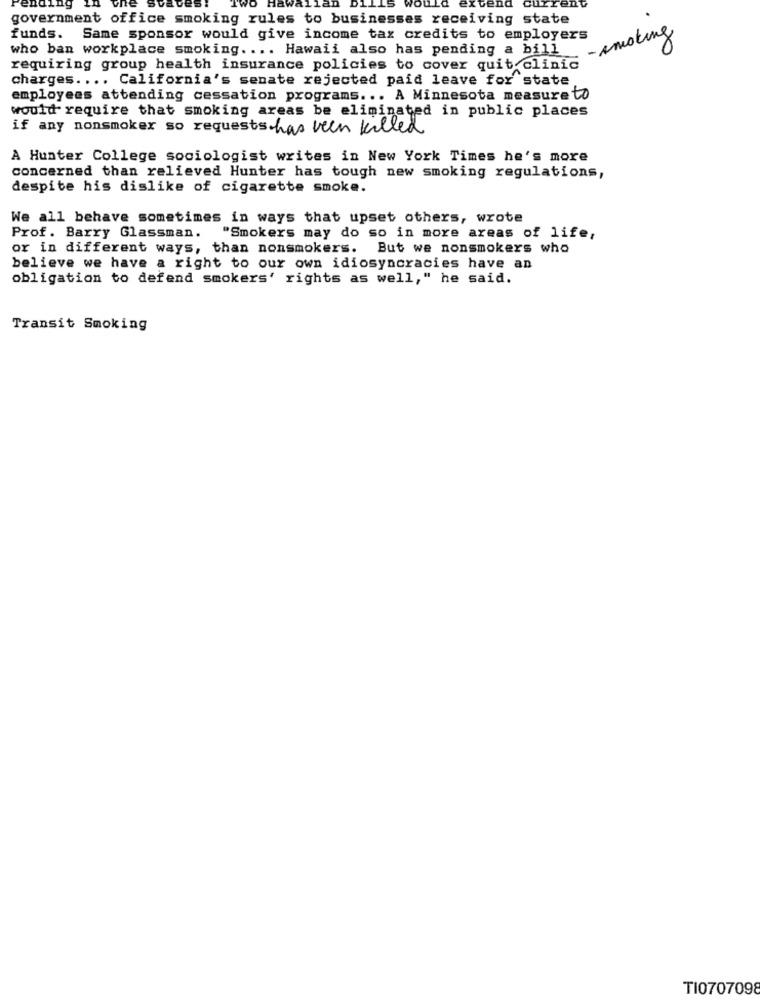
government office smoking rules to businesses receiving state
funds. Same sponsor would give income tax credits to employers
- smoking
who ban workplace smoking. ... Hawaii also has pending a bill
requiring group health insurance policies to cover quit clinic
charges .... California's senate rejected paid leave for state
employees attending cessation programs ... A Minnesota measure to
would require that smoking areas be eliminated in public places
if any nonsmoker so requests has been killed
A Hunter College sociologist writes in New York Times he's more
concerned than relieved Hunter has tough new smoking regulations,
despite his dislike of cigarette smoke.
We all behave sometimes in ways that upset others, wrote
Prof. Barry Glassman.
"Smokers may do so in more areas of life,
or in different ways, than nonsmokers. But we nonsmokers who
believe we have a right to our own idiosyncracies have an
obligation to defend smokers' rights as well," he said.
Transit Smoking
TI0707098